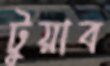
টুয়াব